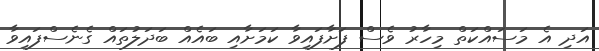
އަދި އެ މަސައްކަތް މިހާރު ވެސް ފަށާފައިވާ ކަމަށާއި ބައެއް ބަދަލުތައް ގެނެސްފައިވާ